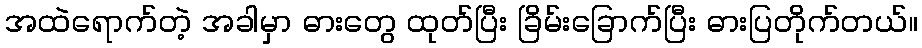
အထဲရောက်တဲ့ အခါမှာ ဓားတွေ ထုတ်ပြီး ခြိမ်းခြောက်ပြီး ဓားပြတိုက်တယ်။